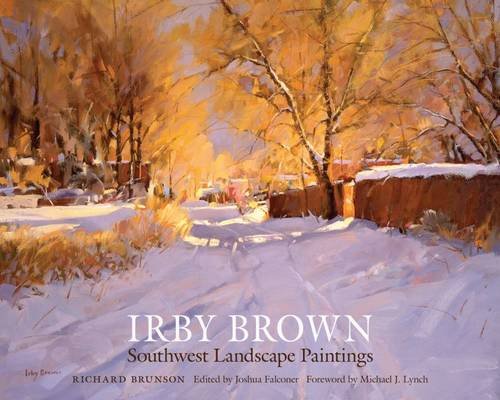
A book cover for Irby Brown: Southwest Landscape Paintings; Richard Brunson; Arts & Photography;